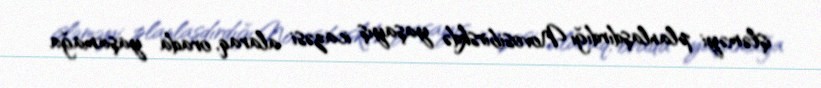
işləməyi planlaşdırdığı Novosibirskdə yaşayış icazəsi alaraq, orada yaşamağa